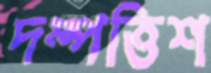
দম্পত্তিশ